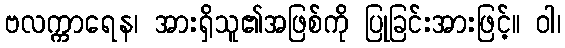
ဗလက္ကာရေန၊ အားရှိသူ၏အဖြစ်ကို ပြုခြင်းအားဖြင့်။ ဝါ၊